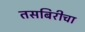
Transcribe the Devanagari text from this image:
तसबिरीचा